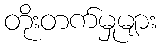
တိုးတက်မှုများ